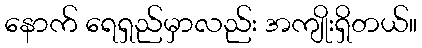
နောက် ရေရှည်မှာလည်း အကျိုးရှိတယ်။